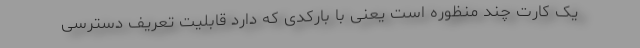
یک کارت چند منظوره است یعنی با بارکدی که دارد قابلیت تعریف دسترسی